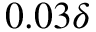
0 . 0 3 \delta